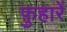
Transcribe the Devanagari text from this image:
फ़ुहारें